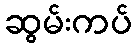
ဆွမ်းကပ်